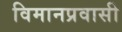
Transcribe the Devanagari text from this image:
विमानप्रवासी